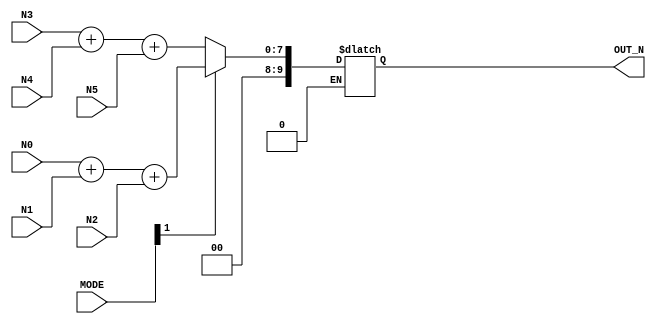
module calculate3(
  // Input signals
  N0, N1, N2, N3, N4, N5, MODE,
  // Output signals
  OUT_N
);

input [1:0] MODE;
input [5:0] N0, N1, N2, N3, N4, N5;
output reg [9:0] OUT_N;

//Transconductance
assign MODE[0] = 0;

always @(*) begin
    if(MODE[1] == 1) begin
        OUT_N = N0 + N1 + N2; //Larger         
    end

    if(MODE[1] == 0) begin
        OUT_N = N3 + N4 + N5; //Smaller 
    end
    
end

endmodule